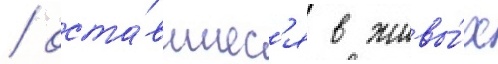
/ оста́вшиес'я в живы́х